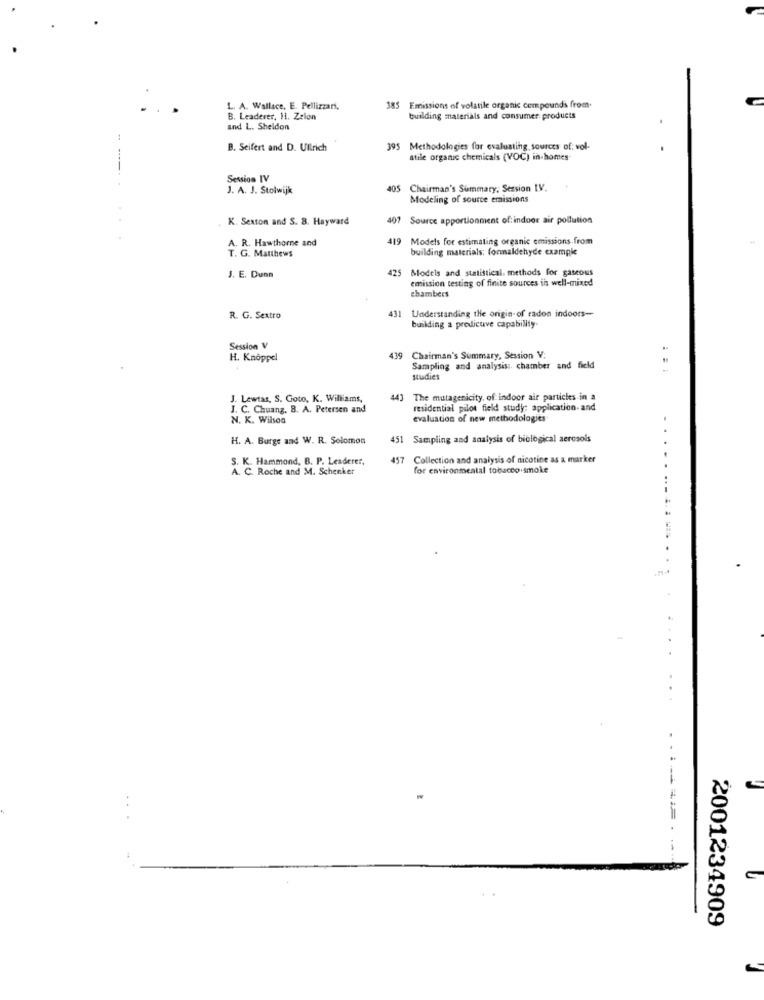
L. A. Wallace, E. Pellizzari,
385 Emissions of volatile organic compounds from.
B. Leaderer, 11. Zelon
building materials and consumer products
and L. Sheldon
1
B. Seifert and D. Ullrich
395
Methodologies for evaluating sources of: vol-
stile organic chemicals (VOC) in homes-
Session IV
J. A. J. Stolwijk
405
Chairman's Summary, Session IV.
Modeling of source emissions
K. Sexton and S. 8. Hayward
7 Source apportionment of: indoor air pollution
A. R. Hawthorne and
419
Models for estimating organic emissions.from
building materials: formaldehyde example
T. G. Matthews
425
Models and statistical methods for gaseous
J. E. Dunn
emission testing of finite sources in well-mixed
chambers
431
R. G. Sextro
Understanding the origin of radon indoors-
building a predictive capability.
Session V
H. Knoppel
419
Chairman's Summary, Session V:
Sampling and analysis :. chamber and field
studies
J. Lewtas, S. Goto, K. Williams,
443
The mutagenicity, of indoor air particles in a
J. C. Chuang. B. A. Petersen and
residential pilot field study; application. and
N. K. Wilson
evaluation of new methodologies
H. A. Burge and W. R. Solomon
451 Sampling and analysis of biological aerosols
S. K. Hammond, B. P. Leaderer,
7 Collection and analysis of nicotine as a marker
A. C. Roche and M. Schenker
for environmental tobacco smoke
2001234909